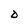
Character: D